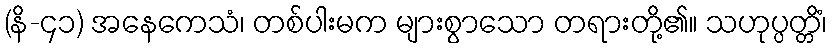
(နိ-၄၁) အနေကေသံ၊ တစ်ပါးမက များစွာသော တရားတို့၏။ သဟုပ္ပတ္တိံ၊